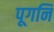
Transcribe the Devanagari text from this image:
पूगनि